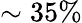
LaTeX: \sim 35\%